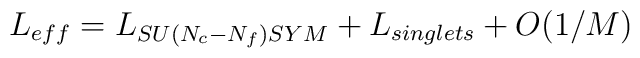
L_{eff}=L_{SU(N_{c}-N_{f})SYM}+L_{singlets}+O(1/M)